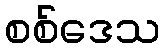
စစ်ဒေသ